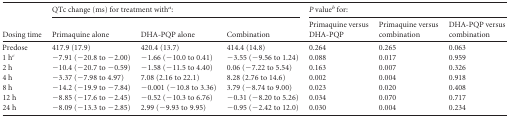
| <ROWSPAN=2> Dosing time | <COLSPAN=3> QTc change (ms) for treatment witha: | <COLSPAN=3> P valueb for: |
 | Primaquine alone | DHA-PQP alone | Combination | Primaquine versus DHA-PQP | Primaquine versus combination | DHA-PQP versus combination |
 | --- | --- | --- | --- | --- | --- | --- |
 | Predose | 417.9 (17.9) | 420.4 (13.7) | 414.4 (14.8) | 0.264 | 0.265 | 0.063 |
 | 1 hc | −7.91 (−20.8 to −2.00) | −1.66 (−10.0 to 0.41) | −3.55 (−9.56 to 1.24) | 0.088 | 0.017 | 0.959 |
 | 2 h | −10.4 (−20.7 to −0.59) | −1.58 (−11.5 to 4.40) | 0.06 (−7.22 to 5.54) | 0.163 | 0.007 | 0.326 |
 | 4 h | −3.37 (−7.98 to 4.97) | 7.08 (2.16 to 22.1) | 8.28 (2.76 to 14.6) | 0.002 | 0.004 | 0.918 |
 | 8 h | −14.2 (−19.9 to −7.84) | −0.001 (−10.8 to 3.36) | 3.79 (−8.74 to 9.00) | 0.023 | 0.020 | 0.408 |
 | 12 h | −8.85 (−17.6 to −2.45) | −0.52 (−10.3 to 6.76) | −0.31 (−8.20 to 5.26) | 0.034 | 0.070 | 0.717 |
 | 24 h | −8.09 (−13.3 to −2.85) | 2.99 (−9.93 to 9.95) | −0.95 (−2.42 to 12.0) | 0.030 | 0.004 | 0.234 |